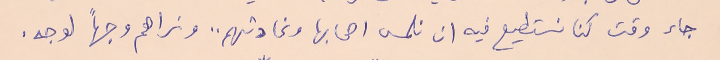
جاء وقت كنا نستطيع فيه ان نلمس اصحابها ونحادثهم .. ونراهم وجهاً لوجه.